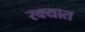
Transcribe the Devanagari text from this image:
रक्यात